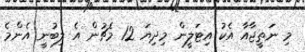
މި ނަތީޖާއާ އެކު އިޓަލީން މިދިޔަ 12 މެޗުން އެ ލިބުނީ އެންމެ